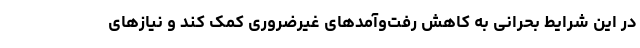
در این شرایط بحرانی به کاهش رفت‌وآمدهای غیرضروری کمک کند و نیازهای